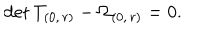
LaTeX: \mathrm { d e t } \, T _ { ( 0 , \, r ) } - \Omega _ { ( 0 , \, r ) } = 0 .